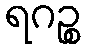
ရဂဉ္စ